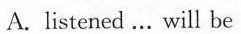
A. listened ... will be